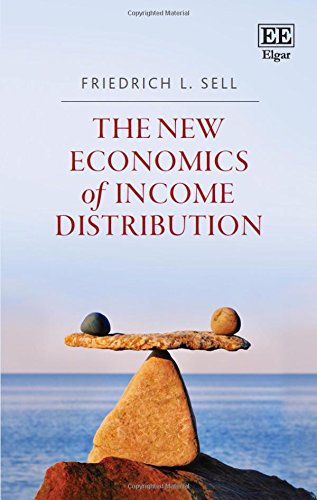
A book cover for The New Economics of Income Distribution: Introducing Equilibrium Concepts into a Contested Field; Friedrich L. Sell; Business & Money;